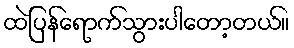
ထဲပြန်ရောက်သွားပါတော့တယ်။